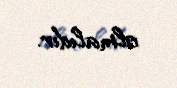
olmalıdır.